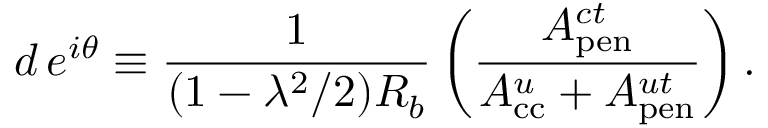
d \, e ^ { i \theta } \equiv \frac { 1 } { ( 1 - \lambda ^ { 2 } / 2 ) R _ { b } } \left( \frac { A _ { \mathrm { p e n } } ^ { c t } } { A _ { \mathrm { c c } } ^ { u } + A _ { \mathrm { p e n } } ^ { u t } } \right) .